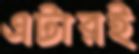
এটারই